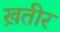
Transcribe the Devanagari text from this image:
ख़तीर